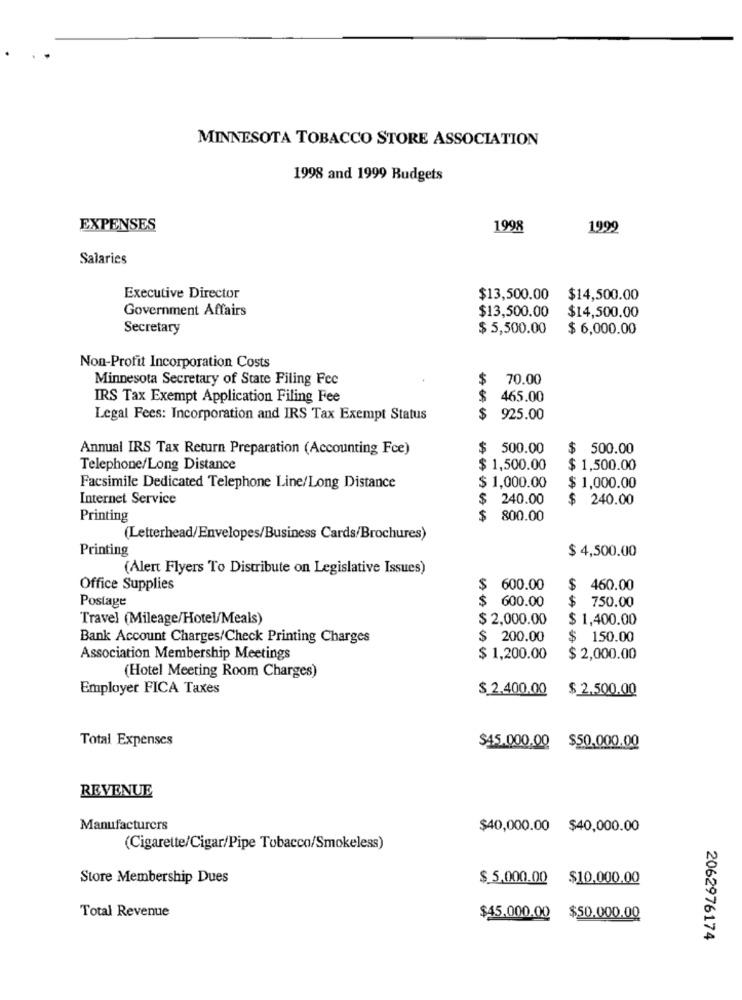
MINNESOTA TOBACCO STORE ASSOCIATION
1998 and 1999 Budgets
EXPENSES
1998
1999
Salaries
Executive Director
$13,500.00
$14,500.00
Government Affairs
$13,500.00
$14,500.00
Secretary
$ 5,500.00
$ 6,000.00
Non-Profit Incorporation Costs
Minnesota Secretary of State Filing Fee
$
70.00
IRS Tax Exempt Application Filing Fee
465.00
Legal Fees: Incorporation and IRS Tax Exempt Status
$
925.00
Annual IRS Tax Return Preparation (Accounting Fce)
$ 500.00
$ 500.00
Telephone/Long Distance
$ 1,500.00
$ 1,500.00
Facsimile Dedicated Telephone Line/Long Distance
$ 1,000.00
$ 1,000.00
Internet Service
240.00
$ 240.00
Printing
$
800.00
(Letterhead/Envelopes/Business Cards/Brochures)
Printing
$ 4,500.00
(Alert Flyers To Distribute on Legislative Issues)
Office Supplies
600.00
$ 460.00
Postage
$ 600.00
$ 750.00
Travel (Mileage/Hotel/Meals)
$ 2,000.00
$ 1,400.00
Bank Account Charges/Check Printing Charges
$ 200.00
$ 150.00
Association Membership Meetings
$ 1,200.00
$ 2,000.00
(Hotel Meeting Room Charges)
Employer FICA Taxes
$ 2.400.00 $ 2,500.00
Total Expenses
$45.000.00 $50,000.00
REVENUE
Manufacturers
$40,000.00 $40,000.00
(Cigarette/Cigar/Pipe Tobacco/Smokeless)
Store Membership Dues
$ 5,000.00 $10.000.00
Total Revenue
$45.000.00 $50.000.00
2062976174